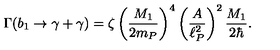
\Gamma ( b _ { 1 } \to \gamma + \gamma ) = \zeta \left( { \frac { M _ { 1 } } { 2 m _ { P } } } \right) ^ { 4 } \left( { \frac { A } { \ell _ { P } ^ { 2 } } } \right) ^ { 2 } { \frac { M _ { 1 } } { 2 \hbar } } .